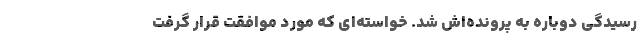
رسیدگی دوباره به پرونده‌اش شد. خواسته‌ای که مورد موافقت قرار گرفت